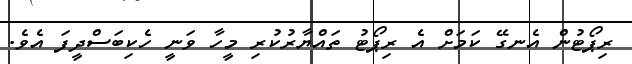
ރިޕޯޓުން އެނގޭ ކަމަށް އެ ރިޕޯޓު ތައްޔާރުކުރި މީހާ ވަނީ ހެކިބަސްދީފަ އެވެ.